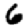
Digit: 6